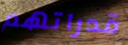
قدراتهم